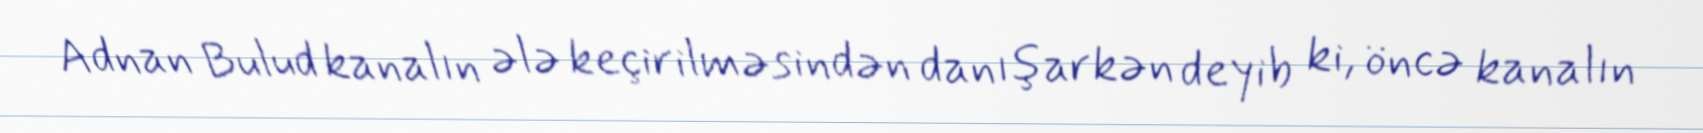
Adnan Bulud kanalın ələ keçirilməsindən danışarkən deyib ki, öncə kanalın